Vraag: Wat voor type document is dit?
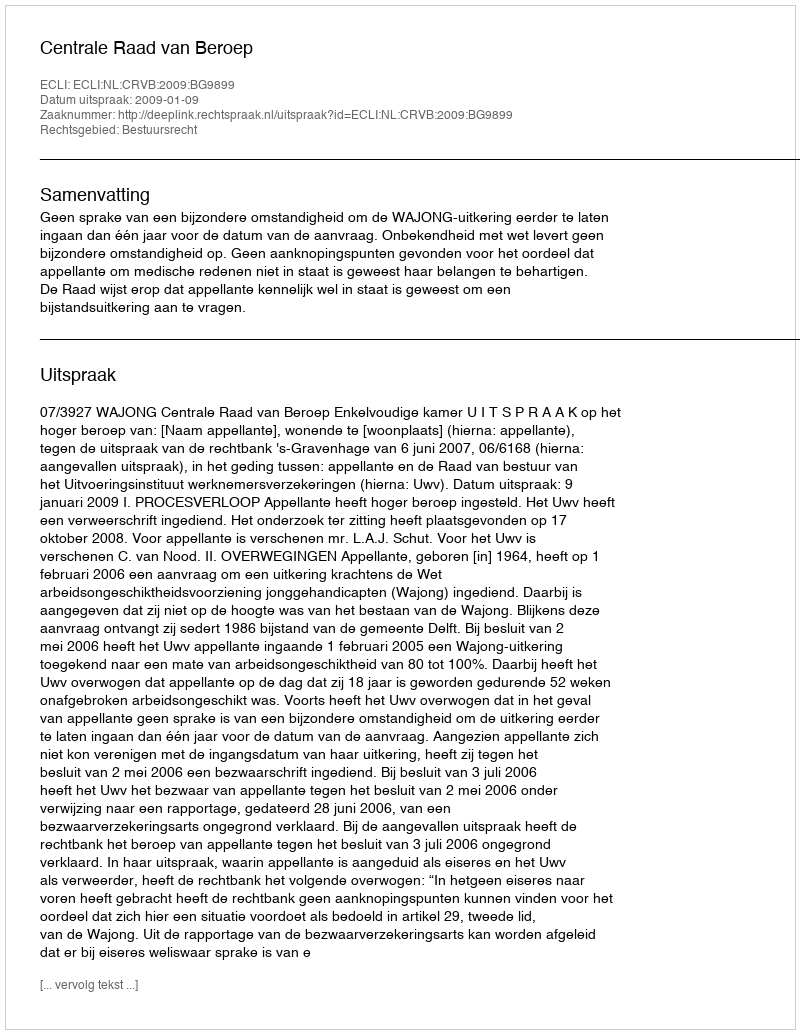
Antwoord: Uitspraak